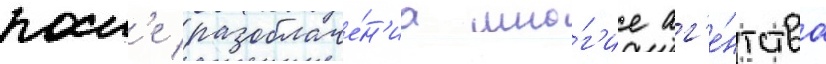
посл'е разоблаче́н'иа мно́г'ие аг'е́нтства